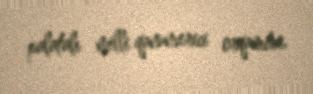
palatalı milli qanunverici orqanıdır.